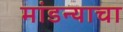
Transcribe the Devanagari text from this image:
मांडन्याचा